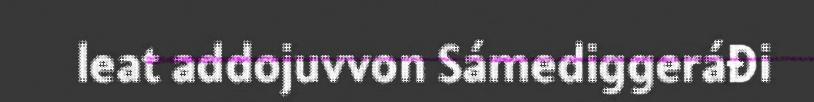
leat addojuvvon Sámediggeráđi